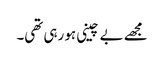
مجھے بے چینی ہو رہی تھی۔